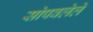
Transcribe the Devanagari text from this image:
सोपवलेले